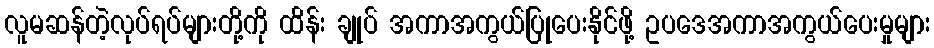
လူမဆန်တဲ့လုပ်ရပ်များတို့ကို ထိန်း ချုပ် အကာအကွယ်ပြုပေးနိုင်ဖို့ ဥပဒေအကာအကွယ်ပေးမှုများ